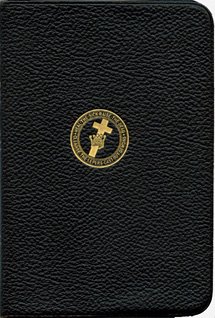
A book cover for Science and Health with Key to the Scriptures; Mary Baker Eddy; Christian Books & Bibles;